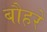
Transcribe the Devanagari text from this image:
बौहरे